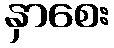
နှာစေး